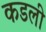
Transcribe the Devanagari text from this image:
कडली